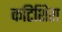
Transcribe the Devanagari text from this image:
कटिशिरा